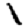
Digit: 1